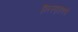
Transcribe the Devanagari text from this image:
निस्पृहपणे